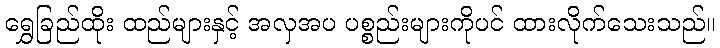
ရွှေခြည်ထိုး ထည်များနှင့် အလှအပ ပစ္စည်းများကိုပင် ထားလိုက်သေးသည်။